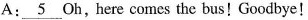
A:\underline{5} Oh,here comes the bus! Goodbye!